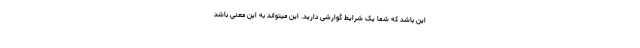
این باشد که شما یک شرایط گوارشی دارید. این میتواند به این معنی باشد